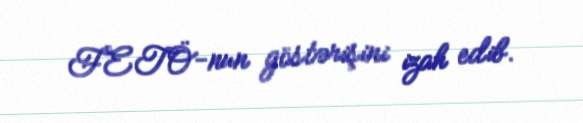
FETÖ-nun göstərişini izah edib.